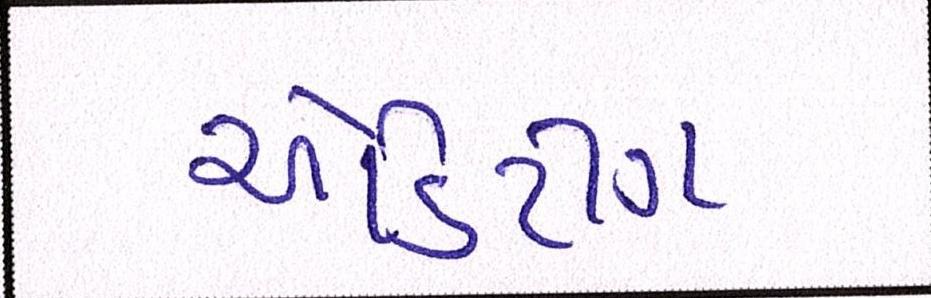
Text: એડિટીંગ